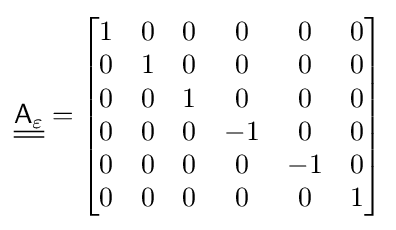
{\underline {\underline {{\mathsf {A}}_{\varepsilon }}}}={\begin{bmatrix}1&0&0&0&0&0\\0&1&0&0&0&0\\0&0&1&0&0&0\\0&0&0&-1&0&0\\0&0&0&0&-1&0\\0&0&0&0&0&1\end{bmatrix}}